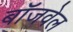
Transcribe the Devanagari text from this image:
बॉजवेल